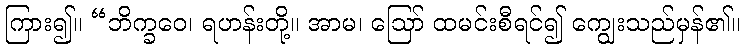
ကြား၍။ “ဘိက္ခဝေ၊ ရဟန်းတို့။ အာမ၊ ဩော် ထမင်းစီရင်၍ ကျွေးသည်မှန်၏။